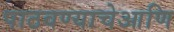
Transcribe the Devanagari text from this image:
पाठवण्याचेआणि